Civil Veterinary Department. Madras. Admin. report 1926-33 - 1926-1933
Year: 1926
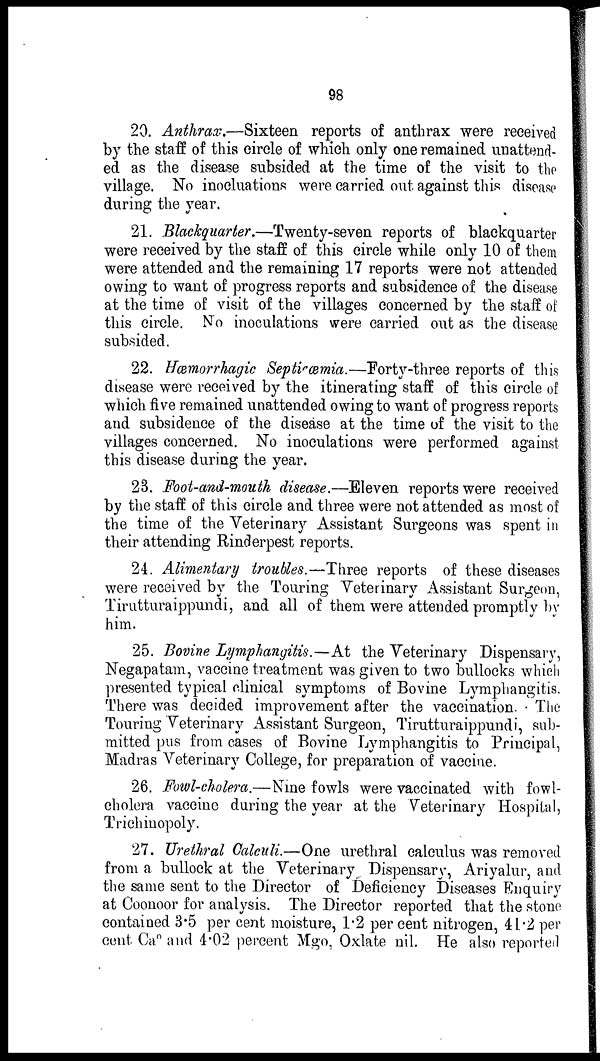
98
20. Anthrax.—Sixteen reports of anthrax were received
by the staff of this circle of which only one remained unattend-
ed as the disease subsided at the time of the visit to the
village. No inocluations were carried out against this disease
during the year.
21. Blackquarter.—Twenty-seven reports of blackquarter
were received by the staff of this circle while only 10 of them
were attended and the remaining 17 reports were not attended
owing to want of progress reports and subsidence of the disease
at the time of visit of the villages concerned by the staff of
this circle. No inoculations were carried out as the disease
subsided.
22. Hæmorrhagic Septicæmia.—Forty-three reports of this
disease were received by the itinerating staff of this circle of
which five remained unattended owing to want of progress reports
and subsidence of the disease at the time of the visit to the
villages concerned. No inoculations were performed against
this disease during the year.
23. Foot-and-mouth disease.—Eleven reports were received
by the staff of this circle and three were not attended as most of
the time of the Veterinary Assistant Surgeons was spent in
their attending Rinderpest reports.
24. Alimentary troubles.—Three reports of these diseases
were received by the Touring Veterinary Assistant Surgeon,
Tirutturaippundi, and all of them were attended promptly by
him.
25. Bovine Lymphangitis.—At the Veterinary Dispensary,
Negapatam, vaccine treatment was given to two bullocks which
presented typical clinical symptoms of Bovine Lymphangitis.
There was decided improvement after the vaccination. The
Touring Veterinary Assistant Surgeon, Tirutturaippundi, sub-
mitted pus from cases of Bovine Lymphangitis to Principal,
Madras Veterinary College, for preparation of vaccine.
26. Fowl-cholera.—Nine fowls were vaccinated with fowl-
cholera vaccine during the year at the Veterinary Hospital,
Trichinopoly.
27. Urethral Calculi.—One urethral calculus was removed
from a bullock at the Veterinary Dispensary, Ariyalur, and
the same sent to the Director of Deficiency Diseases Enquiry
at Coonoor for analysis. The Director reported that the stone
contained 3.5 per cent moisture, 1.2 per cent nitrogen, 41.2 per
cent Cao and 4.02 percent Mgo, Oxlate nil. He also reported